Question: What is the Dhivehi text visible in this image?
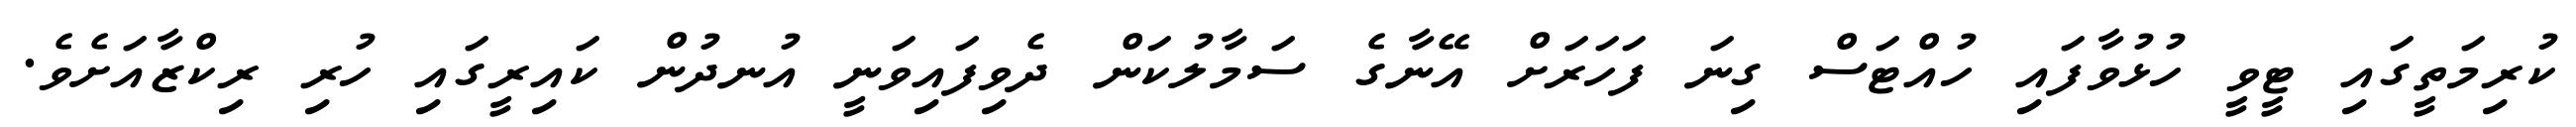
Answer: ކުރިމަތީގައި ޓީވީ ހުޅުވާފައި ހުއްޓަސް ގިނަ ފަހަރަށް އޭނާގެ ސަމާލުކަން ދެވިފައިވަނީ އުނދުން ކައިރީގައި ހުރި ރިކްޒާއަށެވެ.